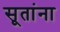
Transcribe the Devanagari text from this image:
सूतांना